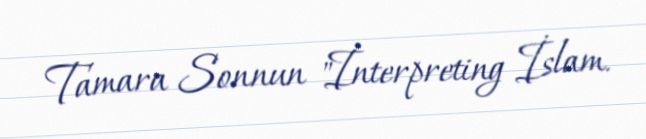
Tamara Sonnun "İnterpreting İslam.